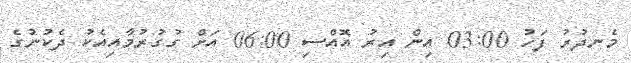
މެނދުރު ފަހު 03:00 އިން އިރު އޮއްސި 06:00 އަށް ގުގުރުމާއިއެކު ދެކުނުގެ